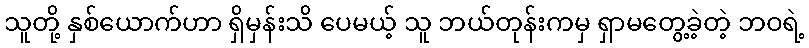
သူတို့ နှစ်ယောက်ဟာ ရှိမှန်းသိ ပေမယ့် သူ ဘယ်တုန်းကမှ ရှာမတွေ့ခဲ့တဲ့ ဘဝရဲ့